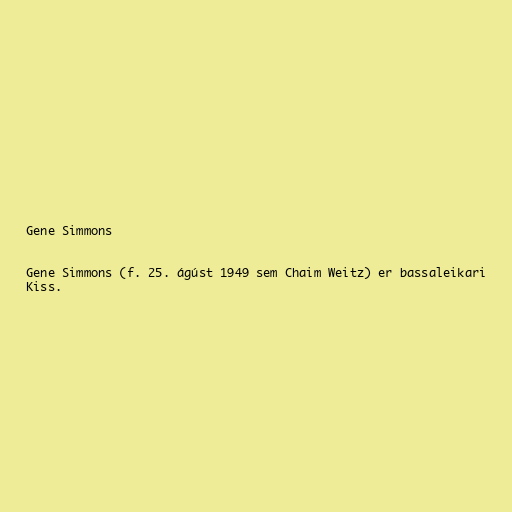
Gene Simmons

Gene Simmons (f. 25. ágúst 1949 sem Chaim Weitz) er bassaleikari
Kiss.